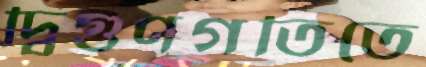
দ্বিগুণগতিতে